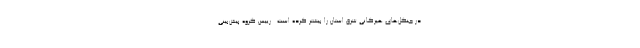
در جنگل‌های هیرکانی شرق استان را بیشتر کرده است . رییس گروه پیش‌بینی